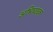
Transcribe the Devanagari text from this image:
अभिघट्यक